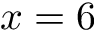
x = 6